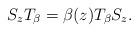
LaTeX: \begin{align*}S_zT_{\beta}=\beta(z)T_{\beta}S_z.\end{align*}